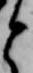
と